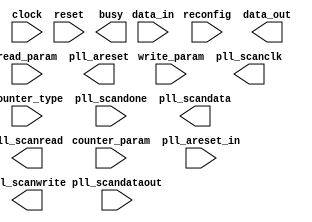
// megafunction wizard: %ALTPLL_RECONFIG%VBB%
// GENERATION: STANDARD
// VERSION: WM1.0
// MODULE: altpll_reconfig 

// ============================================================
// Megafunction Name(s):
// 			altpll_reconfig
//
// Simulation Library Files(s):
// 			
// ============================================================
// ************************************************************
// THIS IS A WIZARD-GENERATED FILE. DO NOT EDIT THIS FILE!
//
// 13.0.1 Build 232 06/12/2013 SP 1 SJ Full Version
// ************************************************************

//Copyright (C) 1991-2013 Altera Corporation
//Your use of Altera Corporation's design tools, logic functions 
//and other software and tools, and its AMPP partner logic 
//functions, and any output files from any of the foregoing 
//(including device programming or simulation files), and any 
//associated documentation or information are expressly subject 
//to the terms and conditions of the Altera Program License 
//Subscription Agreement, Altera MegaCore Function License 
//Agreement, or other applicable license agreement, including, 
//without limitation, that your use is for the sole purpose of 
//programming logic devices manufactured by Altera and sold by 
//Altera or its authorized distributors.  Please refer to the 
//applicable agreement for further details.

module DdrSdramIf_phy_alt_mem_phy_reconfig (
	clock,
	counter_param,
	counter_type,
	data_in,
	pll_areset_in,
	pll_scandataout,
	pll_scandone,
	read_param,
	reconfig,
	reset,
	write_param,
	busy,
	data_out,
	pll_areset,
	pll_scanclk,
	pll_scandata,
	pll_scanread,
	pll_scanwrite)/* synthesis synthesis_clearbox = 1 */;

	input	  clock;
	input	[2:0]  counter_param;
	input	[3:0]  counter_type;
	input	[8:0]  data_in;
	input	  pll_areset_in;
	input	  pll_scandataout;
	input	  pll_scandone;
	input	  read_param;
	input	  reconfig;
	input	  reset;
	input	  write_param;
	output	  busy;
	output	[8:0]  data_out;
	output	  pll_areset;
	output	  pll_scanclk;
	output	  pll_scandata;
	output	  pll_scanread;
	output	  pll_scanwrite;
`ifndef ALTERA_RESERVED_QIS
// synopsys translate_off
`endif
	tri0	  pll_areset_in;
`ifndef ALTERA_RESERVED_QIS
// synopsys translate_on
`endif

endmodule

// ============================================================
// CNX file retrieval info
// ============================================================
// Retrieval info: PRIVATE: CHAIN_TYPE NUMERIC "0"
// Retrieval info: PRIVATE: INIT_FILE_NAME STRING "DdrSdramIf_phy_alt_mem_phy_pll.mif"
// Retrieval info: PRIVATE: INTENDED_DEVICE_FAMILY STRING "Arria GX"
// Retrieval info: PRIVATE: SYNTH_WRAPPER_GEN_POSTFIX STRING "0"
// Retrieval info: PRIVATE: USE_INIT_FILE STRING "1"
// Retrieval info: CONSTANT: INIT_FROM_ROM STRING "YES"
// Retrieval info: CONSTANT: INTENDED_DEVICE_FAMILY STRING "Arria GX"
// Retrieval info: CONSTANT: PLL_TYPE STRING "ENHANCED"
// Retrieval info: CONSTANT: SCAN_INIT_FILE STRING "DdrSdramIf_phy_alt_mem_phy_pll.mif"
// Retrieval info: USED_PORT: busy 0 0 0 0 OUTPUT NODEFVAL "busy"
// Retrieval info: USED_PORT: clock 0 0 0 0 INPUT NODEFVAL "clock"
// Retrieval info: USED_PORT: counter_param 0 0 3 0 INPUT NODEFVAL "counter_param[2..0]"
// Retrieval info: USED_PORT: counter_type 0 0 4 0 INPUT NODEFVAL "counter_type[3..0]"
// Retrieval info: USED_PORT: data_in 0 0 9 0 INPUT NODEFVAL "data_in[8..0]"
// Retrieval info: USED_PORT: data_out 0 0 9 0 OUTPUT NODEFVAL "data_out[8..0]"
// Retrieval info: USED_PORT: pll_areset 0 0 0 0 OUTPUT NODEFVAL "pll_areset"
// Retrieval info: USED_PORT: pll_areset_in 0 0 0 0 INPUT GND "pll_areset_in"
// Retrieval info: USED_PORT: pll_scanclk 0 0 0 0 OUTPUT NODEFVAL "pll_scanclk"
// Retrieval info: USED_PORT: pll_scandata 0 0 0 0 OUTPUT NODEFVAL "pll_scandata"
// Retrieval info: USED_PORT: pll_scandataout 0 0 0 0 INPUT NODEFVAL "pll_scandataout"
// Retrieval info: USED_PORT: pll_scandone 0 0 0 0 INPUT NODEFVAL "pll_scandone"
// Retrieval info: USED_PORT: pll_scanread 0 0 0 0 OUTPUT NODEFVAL "pll_scanread"
// Retrieval info: USED_PORT: pll_scanwrite 0 0 0 0 OUTPUT NODEFVAL "pll_scanwrite"
// Retrieval info: USED_PORT: read_param 0 0 0 0 INPUT NODEFVAL "read_param"
// Retrieval info: USED_PORT: reconfig 0 0 0 0 INPUT NODEFVAL "reconfig"
// Retrieval info: USED_PORT: reset 0 0 0 0 INPUT NODEFVAL "reset"
// Retrieval info: USED_PORT: write_param 0 0 0 0 INPUT NODEFVAL "write_param"
// Retrieval info: CONNECT: @clock 0 0 0 0 clock 0 0 0 0
// Retrieval info: CONNECT: @counter_param 0 0 3 0 counter_param 0 0 3 0
// Retrieval info: CONNECT: @counter_type 0 0 4 0 counter_type 0 0 4 0
// Retrieval info: CONNECT: @data_in 0 0 9 0 data_in 0 0 9 0
// Retrieval info: CONNECT: @pll_areset_in 0 0 0 0 pll_areset_in 0 0 0 0
// Retrieval info: CONNECT: @pll_scandataout 0 0 0 0 pll_scandataout 0 0 0 0
// Retrieval info: CONNECT: @pll_scandone 0 0 0 0 pll_scandone 0 0 0 0
// Retrieval info: CONNECT: @read_param 0 0 0 0 read_param 0 0 0 0
// Retrieval info: CONNECT: @reconfig 0 0 0 0 reconfig 0 0 0 0
// Retrieval info: CONNECT: @reset 0 0 0 0 reset 0 0 0 0
// Retrieval info: CONNECT: @write_param 0 0 0 0 write_param 0 0 0 0
// Retrieval info: CONNECT: busy 0 0 0 0 @busy 0 0 0 0
// Retrieval info: CONNECT: data_out 0 0 9 0 @data_out 0 0 9 0
// Retrieval info: CONNECT: pll_areset 0 0 0 0 @pll_areset 0 0 0 0
// Retrieval info: CONNECT: pll_scanclk 0 0 0 0 @pll_scanclk 0 0 0 0
// Retrieval info: CONNECT: pll_scandata 0 0 0 0 @pll_scandata 0 0 0 0
// Retrieval info: CONNECT: pll_scanread 0 0 0 0 @pll_scanread 0 0 0 0
// Retrieval info: CONNECT: pll_scanwrite 0 0 0 0 @pll_scanwrite 0 0 0 0
// Retrieval info: GEN_FILE: TYPE_NORMAL alt_mem_phy_reconfig.v TRUE
// Retrieval info: GEN_FILE: TYPE_NORMAL alt_mem_phy_reconfig.inc TRUE
// Retrieval info: GEN_FILE: TYPE_NORMAL alt_mem_phy_reconfig.cmp TRUE
// Retrieval info: GEN_FILE: TYPE_NORMAL alt_mem_phy_reconfig.bsf TRUE
// Retrieval info: GEN_FILE: TYPE_NORMAL alt_mem_phy_reconfig_inst.v TRUE
// Retrieval info: GEN_FILE: TYPE_NORMAL alt_mem_phy_reconfig_bb.v TRUE
// Retrieval info: GEN_FILE: TYPE_NORMAL DdrSdramIf_phy_alt_mem_phy_reconfig.v TRUE
// Retrieval info: GEN_FILE: TYPE_NORMAL DdrSdramIf_phy_alt_mem_phy_reconfig.inc FALSE
// Retrieval info: GEN_FILE: TYPE_NORMAL DdrSdramIf_phy_alt_mem_phy_reconfig.cmp FALSE
// Retrieval info: GEN_FILE: TYPE_NORMAL DdrSdramIf_phy_alt_mem_phy_reconfig.bsf FALSE
// Retrieval info: GEN_FILE: TYPE_NORMAL DdrSdramIf_phy_alt_mem_phy_reconfig_inst.v FALSE
// Retrieval info: GEN_FILE: TYPE_NORMAL DdrSdramIf_phy_alt_mem_phy_reconfig_bb.v TRUE